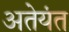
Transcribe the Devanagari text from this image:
अतेयंत